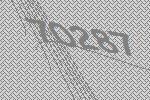
70287